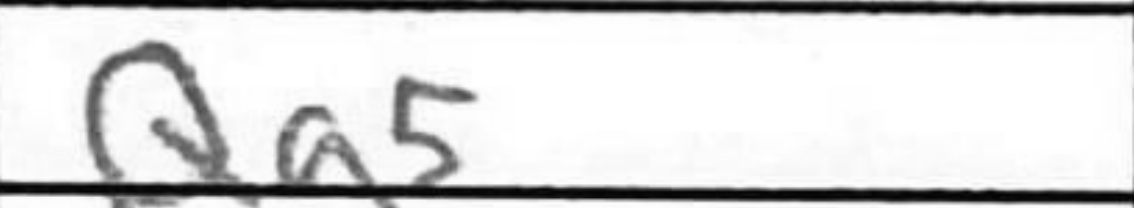
Transcription: Qa5